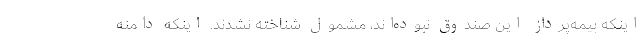
اینکه بیمه‌پرداز این صندوق نبوده‌اند، مشمول شناخته نشدند. اینکه دامنه